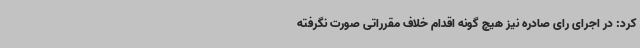
کرد: در اجرای رای صادره نیز هیچ گونه اقدام خلاف مقرراتی صورت نگرفته